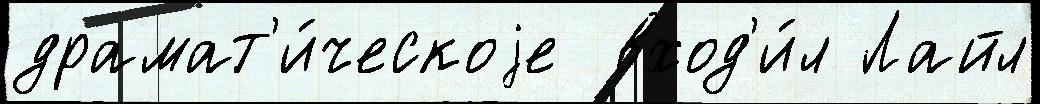
драмат'и́ческоjе  вход'и́л Лайл